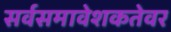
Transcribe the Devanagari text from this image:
सर्वसमावेशकतेवर